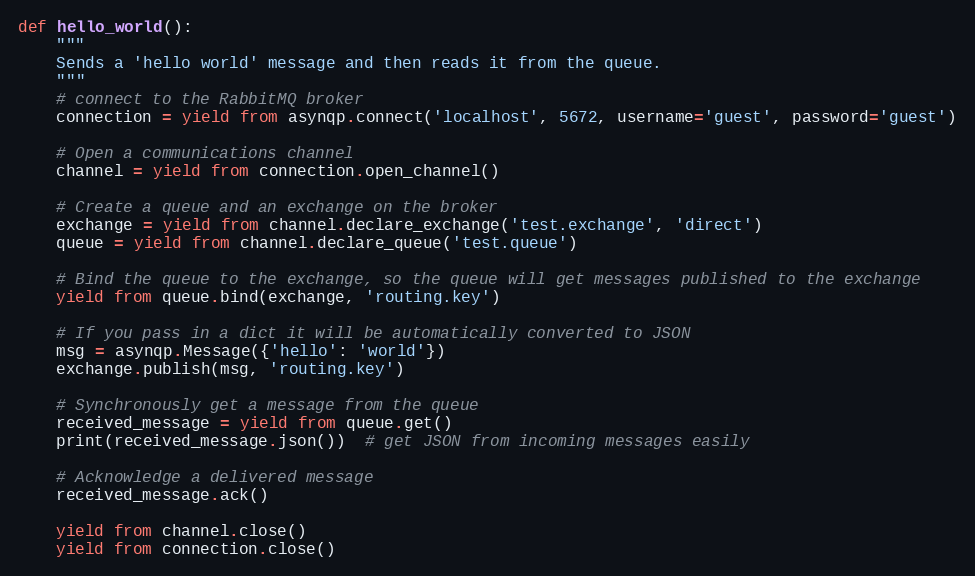
Language: Python
def hello_world():
    """
    Sends a 'hello world' message and then reads it from the queue.
    """
    # connect to the RabbitMQ broker
    connection = yield from asynqp.connect('localhost', 5672, username='guest', password='guest')

    # Open a communications channel
    channel = yield from connection.open_channel()

    # Create a queue and an exchange on the broker
    exchange = yield from channel.declare_exchange('test.exchange', 'direct')
    queue = yield from channel.declare_queue('test.queue')

    # Bind the queue to the exchange, so the queue will get messages published to the exchange
    yield from queue.bind(exchange, 'routing.key')

    # If you pass in a dict it will be automatically converted to JSON
    msg = asynqp.Message({'hello': 'world'})
    exchange.publish(msg, 'routing.key')

    # Synchronously get a message from the queue
    received_message = yield from queue.get()
    print(received_message.json())  # get JSON from incoming messages easily

    # Acknowledge a delivered message
    received_message.ack()

    yield from channel.close()
    yield from connection.close()